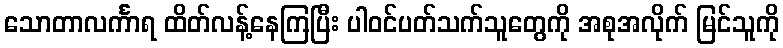
သောတာလင်္ကာရ ထိတ်လန့်နေကြပြီး ပါဝင်ပတ်သက်သူတွေကို အစုအလိုက် မြင်သူကို